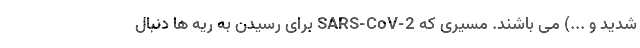
شدید و ...) می باشند. مسیری که SARS-CoV-2 برای رسیدن به ریه ها دنبال